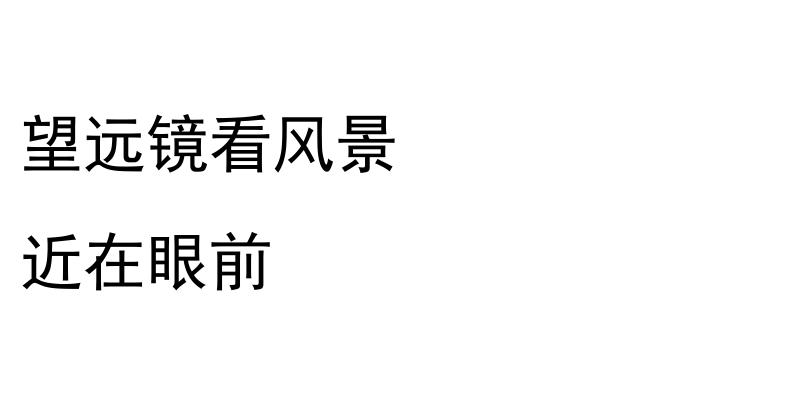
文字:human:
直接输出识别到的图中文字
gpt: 望远镜看风景 近在眼前